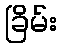
ခြိမ်း